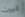
غيرت